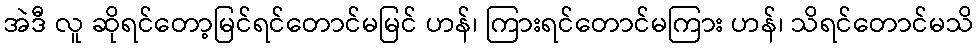
အဲဒီ လူ ဆိုရင်တော့မြင်ရင်တောင်မမြင် ဟန်၊ ကြားရင်တောင်မကြား ဟန်၊ သိရင်တောင်မသိ